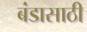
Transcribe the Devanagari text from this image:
बंडासाठी